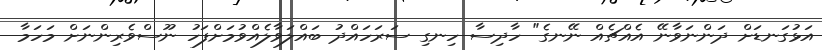
އަޅުގަނޑަށް ދަންނަވާނޭ އެއްޗެއް ނޭނގެ" ހާދިސާ ހިނގި ސަރަހައްދު ބައްލަވާލެއްވުމަށްފަހު ނޫސްވެރިންނަށް މަހަމާ